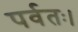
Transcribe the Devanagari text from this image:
पर्वतः।